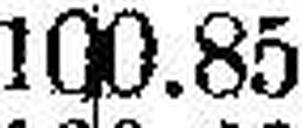
100.85